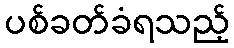
ပစ်ခတ်ခံရသည့်